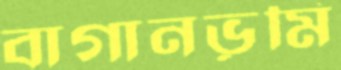
বাগানভূমি